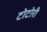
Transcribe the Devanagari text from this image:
टोटोरी